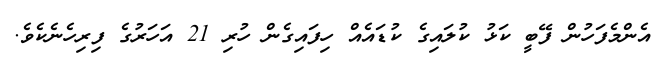
އެންމެފަހުން ފޭބީ ކަޅު ކުލައިގެ ކުޑައެއް ހިފައިގެން ހުރި 21 އަހަރުގެ ފިރިހެނެކެވެ.